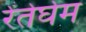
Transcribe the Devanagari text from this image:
रेंतेर्घेम